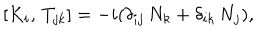
[ K _ { i } , \, T _ { j k } ] = - i ( \delta _ { i j } \, N _ { k } + \delta _ { i k } \, N _ { j } ) ,